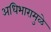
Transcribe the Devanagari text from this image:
अधिभारामुळे